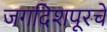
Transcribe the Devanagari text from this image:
जगदिशपूरचे